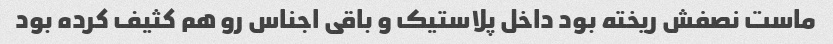
ماست نصفش ریخته بود داخل پلاستیک و باقی اجناس رو هم کثیف کرده بود